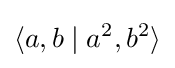
\langle a,b\mid a^{2},b^{2}\rangle